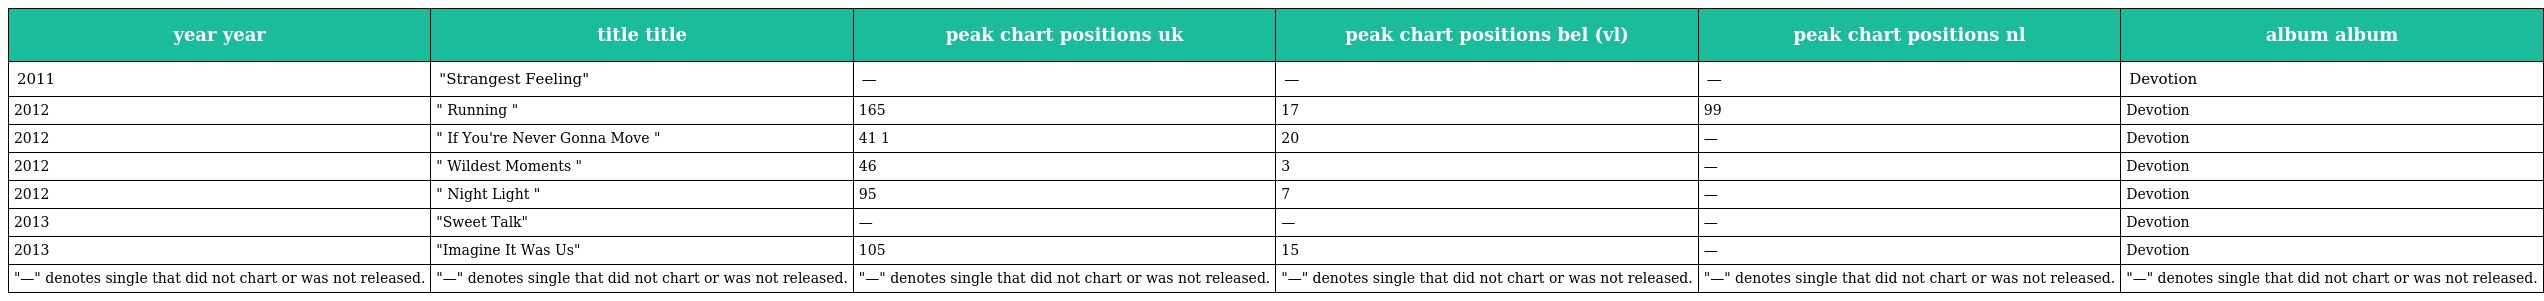
| year year | title title | peak chart positions uk | peak chart positions bel (vl) | peak chart positions nl | album album |
 | --- | --- | --- | --- | --- | --- |
 | 2011 | "Strangest Feeling" | — | — | — | Devotion |
 | 2012 | " Running " | 165 | 17 | 99 | Devotion |
 | 2012 | " If You're Never Gonna Move " | 41 1 | 20 | — | Devotion |
 | 2012 | " Wildest Moments " | 46 | 3 | — | Devotion |
 | 2012 | " Night Light " | 95 | 7 | — | Devotion |
 | 2013 | "Sweet Talk" | — | — | — | Devotion |
 | 2013 | "Imagine It Was Us" | 105 | 15 | — | Devotion |
 | "—" denotes single that did not chart or was not released. | "—" denotes single that did not chart or was not released. | "—" denotes single that did not chart or was not released. | "—" denotes single that did not chart or was not released. | "—" denotes single that did not chart or was not released. | "—" denotes single that did not chart or was not released. |